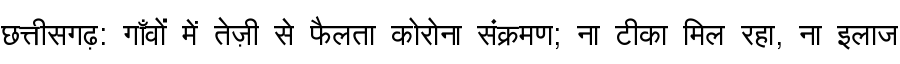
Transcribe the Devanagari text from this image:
छत्तीसगढ़: गाँवों में तेज़ी से फैलता कोरोना संक्रमण; ना टीका मिल रहा, ना इलाज